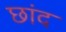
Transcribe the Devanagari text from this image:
छांद